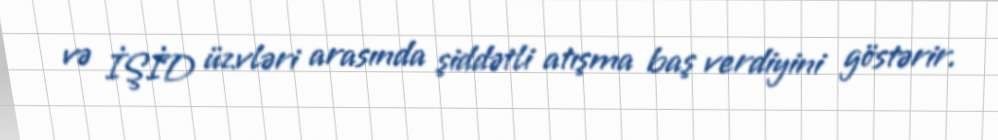
və İŞİD üzvləri arasında şiddətli atışma baş verdiyini göstərir.